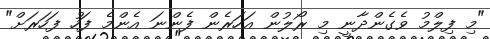
"މި ފިލްމު ވެގެންދާނީ މި ރޯލުން އަހަރެން ފެންނަ އެންމެ ފަހު ފަހަރަށް"